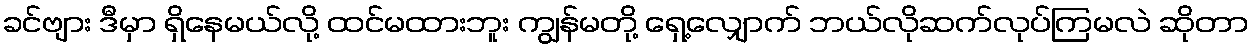
ခင်ဗျား ဒီမှာ ရှိနေမယ်လို့ ထင်မထားဘူး ကျွန်မတို့ ရှေ့လျှောက် ဘယ်လိုဆက်လုပ်ကြမလဲ ဆိုတာ